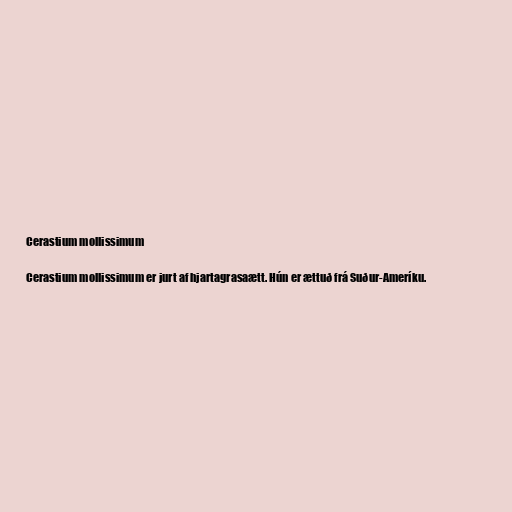
Cerastium mollissimum

Cerastium mollissimum er jurt af hjartagrasaætt. Hún er ættuð frá Suður-Ameríku.